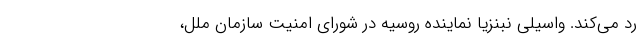
رد می‌کند. واسیلی نبنزیا نماینده روسیه در شورای امنیت سازمان ملل،